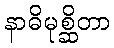
နာဓိမုစ္ဆိတာ